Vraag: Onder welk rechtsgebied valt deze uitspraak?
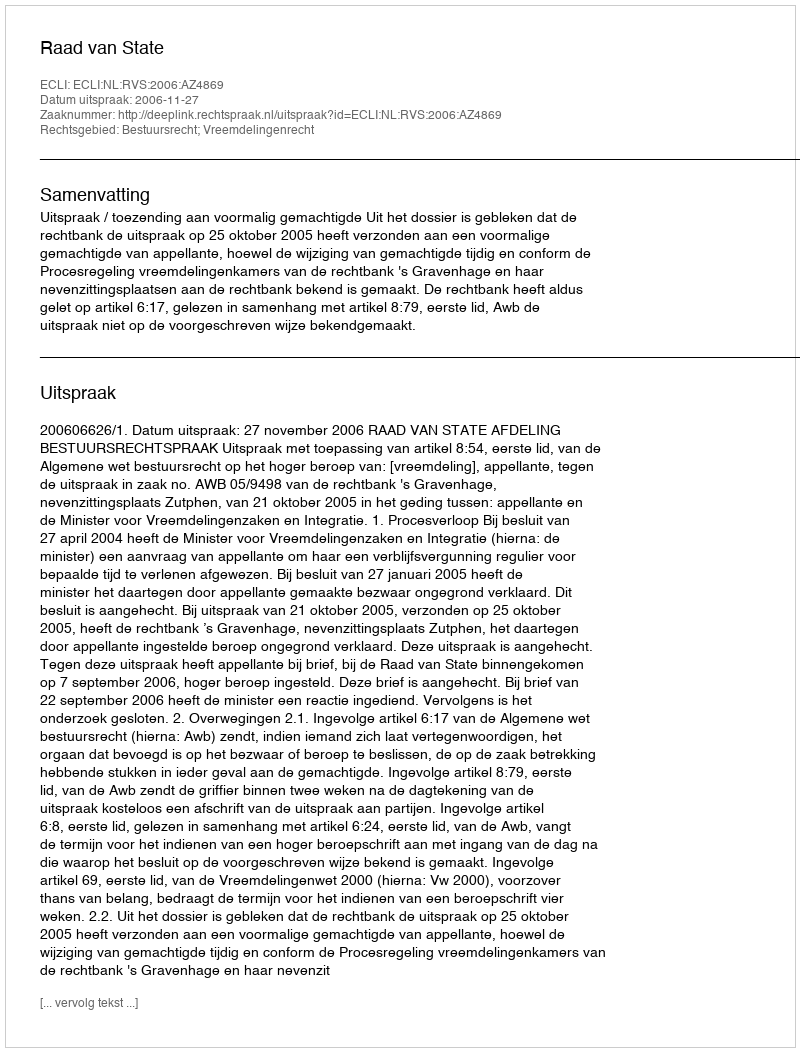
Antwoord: Bestuursrecht; Vreemdelingenrecht